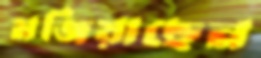
মজিয়াছেন